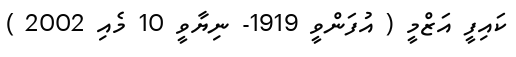
ކައިފީ އަޒްމީ ( އުފަންވީ 1919- ނިޔާވީ 10 މެއި 2002 )